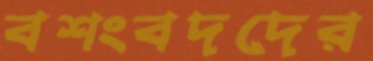
বশংবদদের